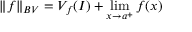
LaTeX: \| f \| _ { B V } = V _ { f } ( I ) + \lim _ { x \to a ^ { + } } f ( x )